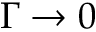
\Gamma \to 0